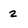
Character: 2